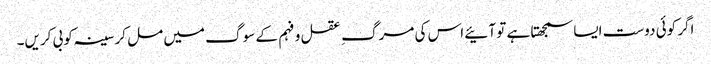
اگر کوئی دوست ایسا سمجھتا ہے تو آئیے اس کی مرگ ِ عقل و فہم کے سوگ میں مل کر سینہ کوبی کریں۔